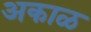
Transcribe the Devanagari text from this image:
अकाळ